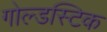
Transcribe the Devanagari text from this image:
गोल्डस्टिक